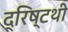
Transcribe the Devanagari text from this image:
द्रिष्टथी